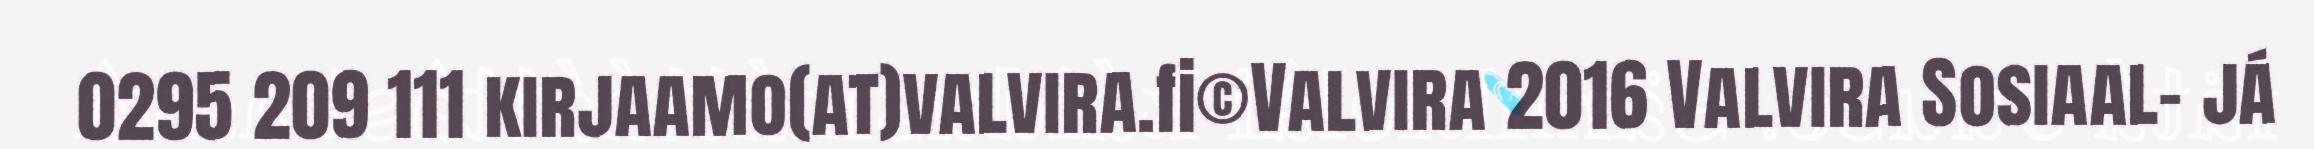
0295 209 111 kirjaamo(at)valvira.fi©Valvira 2016 Valvira Sosiaal- já